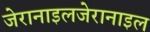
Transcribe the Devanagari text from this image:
जेरानाइलजेरानाइल